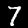
Label: 7